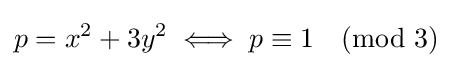
p=x^{2}+3y^{2}\iff p\equiv 1{\pmod {3}}